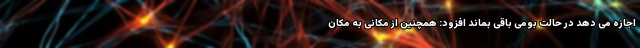
اجازه می دهد در حالت بومی باقی بماند افزود: همچنین از مکانی به مکان